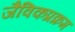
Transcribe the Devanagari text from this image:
जैविकप्रक्रम